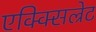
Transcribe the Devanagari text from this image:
एक्क्सिल्रेट